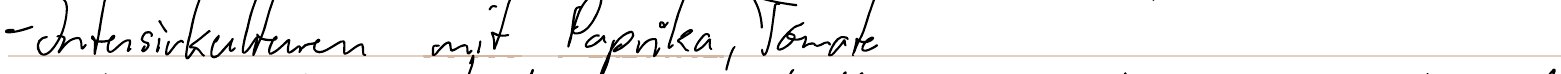
- Intensivkulturen mit Paprika, Tomate